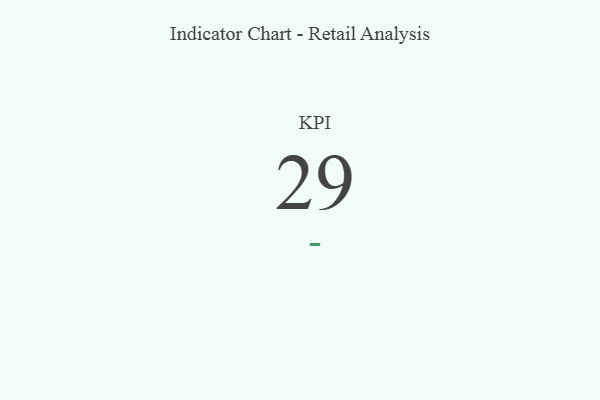
{"axis": {"x": "KPI", "y": "Value"}, "legend": [""], "data": [{"x": "KPI", "y": 29, "type": ""}]}